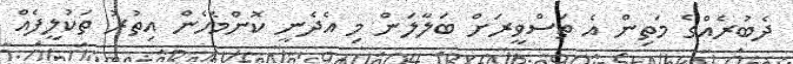
ދެބުރެއްގެ މަތިން އެ ތަސްވީރަށް ބަލާލަން މި އެދެނީ ކޮންމެހެން އިތުރު ތަކުލީފެއް